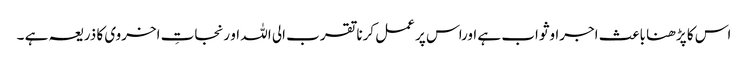
اس کا پڑھنا باعث اجراوثواب ہے اوراس پر عمل کرنا تقرب الی اللہ او رنجاتِ اخروی کا ذریعہ ہے ۔